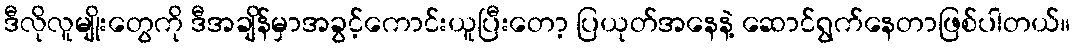
ဒီလိုလူမျိုးတွေကို ဒီအချိန်မှာအခွင့်ကောင်းယူပြီးတော့ ပြယုတ်အနေနဲ့ ဆောင်ရွက်နေတာဖြစ်ပါတယ်။